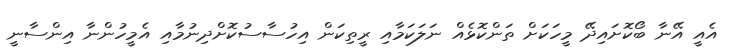
އެއީ އޭނާ ބޯކޮށައިދޭ މީހަކަށް ތަންކޮޅެއް ނަލަކަމާއި ރީތިކަން އިހުސާސުކޮށްދިނުމާއި އެމީހުންނާ އިންސާނީ